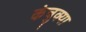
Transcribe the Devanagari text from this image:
कंचुक्या